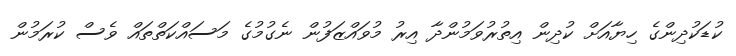
ކުޑަކުދިންގެ ހިޔާއަށް ކުދިން އިތުރުވަމުންދާ އިރު މުވައްޒަފުން ނެގުމުގެ މަސައްކަތްތައް ވެސް ކުރަމުން